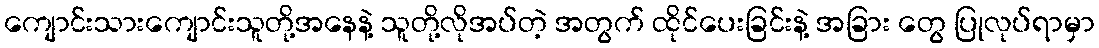
ကျောင်းသားကျောင်းသူတို့အနေနဲ့ သူတို့လိုအပ်တဲ့ အတွက် ထိုင်ပေးခြင်းနဲ့ အခြား တွေ ပြုလုပ်ရာမှာ